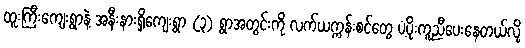
ထူးကြီးကျေးရွာနဲ့ အနီးနားရှိကျေးရွာ (၃) ရွာအတွင်းကို လက်ယက္ကန်းစင်တွေ ပံ့ပိုးကူညီပေးနေတယ်လို့